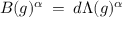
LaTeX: B ( g ) ^ { \alpha } \: = \: d \Lambda ( g ) ^ { \alpha }